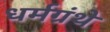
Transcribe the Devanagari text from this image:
धर्मग्रंथे